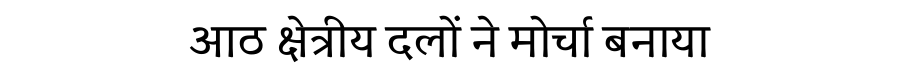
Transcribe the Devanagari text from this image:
आठ क्षेत्रीय दलों ने मोर्चा बनाया